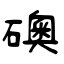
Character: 礇